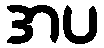
အပ